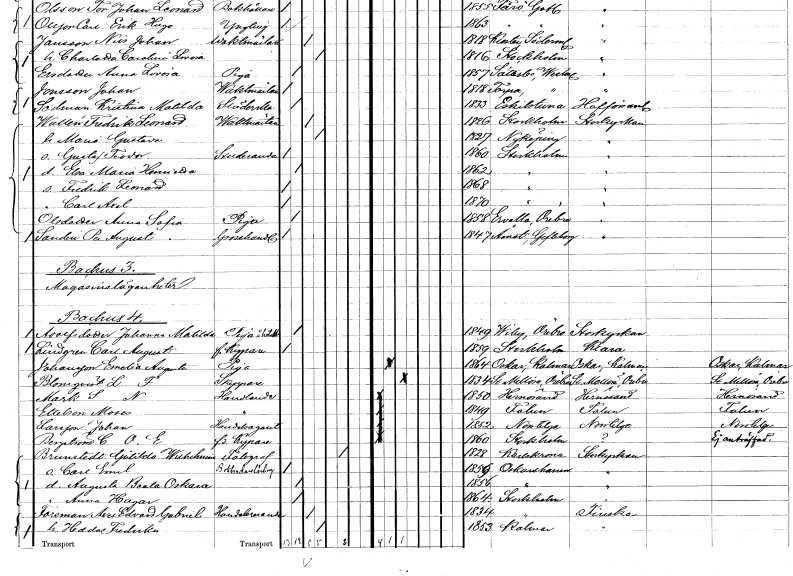
gt_parse: households: individuals: FN: Fredrik Leonard
EN: Wallén
YRKE: Vaktmästare
KON: M
CIV: G
FODAR: 1826
FODFORS: Stockholm
FN: Maria Gustava
KON: K
CIV: G
FODAR: 1827
FODFORS: Nyköping Södermanlands län
FN: Gustaf Teodor
YRKE: Studerande
KON: M
CIV: O
FODAR: 1860
FODFORS: Stockholm
FN: Elsa Maria Henrietta
KON: K
CIV: O
FODAR: 1862
FODFORS: Stockholm
FN: Fredrik Leonard
KON: M
CIV: O
FODAR: 1868
FODFORS: Stockholm
FN: Carl Axel
KON: M
CIV: O
FODAR: 1870
FODFORS: Stockholm
FN: Anna Sofia
EN: Olsdotter
YRKE: Piga
KON: K
CIV: O
FODAR: 1858
FODFORS: Ervalla Örebro län
FN: Per August
EN: Sandin
YRKE: Grosshandlare
KON: M
CIV: O
FODAR: 1847
FODFORS: Åmot Gävleborgs län
FN: Johanna Matilda
EN: Adolfsson
YRKE: Hotellpiga
KON: K
CIV: O
FODAR: 1849
FODFORS: Viby Örebro län
FN: Carl August
EN: Lindgren
YRKE: Kypare f.
KON: M
CIV: O
FODAR: 1859
FODFORS: Stockholm
FN: Emelia Augusta
EN: Johansson
YRKE: Piga
KON: K
CIV: O
FODAR: 1864
FODFORS: Oskar Kalmar län
FN: L. F.
EN: Blomqvist
YRKE: Skeppare
KON: M
CIV: G
FODAR: 1834
FODFORS: Stora Mellösa Örebro län
FN: S. N.
EN: Mark
YRKE: Handlande
KON: M
CIV: O
FODAR: 1850
FODFORS: Härnösand Västernorrlands län
FN: Moses
EN: Ettelson
YRKE: Handlande
KON: M
CIV: O
FODAR: 1849
FODFORS: Falun Kopparbergs län
FN: Johan
EN: Larsson
YRKE: Handelsagent
KON: M
CIV: O
FODAR: 1852
FODFORS: Norrtälje Stockholms län
FN: C. O. E.
EN: Bergström
YRKE: Kypare f.
KON: M
CIV: O
FODAR: 1860
FODFORS: Stockholm
FN: Götilda Wilhelmina
EN: Brunstedt
YRKE: Fotograf
KON: K
CIV: E
FODAR: 1828
FODFORS: Karlskrona Blekinge län
FN: Carl Emil
YRKE: Bokbindarelärling
KON: M
CIV: O
FODAR: 1859
FODFORS: Oskarshamn Kalmar län
FN: Augusta Beata Oskara
KON: K
CIV: O
FODAR: 1856
FODFORS: Oskarshamn Kalmar län
FN: Anna Hagar
KON: K
CIV: O
FODAR: 1864
FODFORS: Stockholm
FN: Axel Edvard Gabriel
EN: Foreman
YRKE: Handelsresande
KON: M
CIV: G
FODAR: 1834
FODFORS: Stockholm
FN: Hedda Fredrika
KON: K
CIV: G
FODAR: 1853
FODFORS: Kalmar Kalmar län